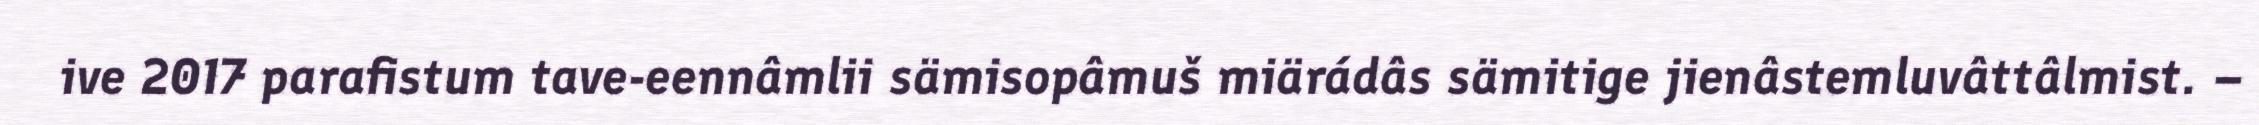
ive 2017 parafistum tave-eennâmlii sämisopâmuš miärádâs sämitige jienâstemluvâttâlmist. –